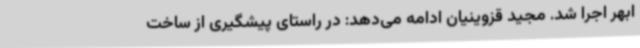
ابهر اجرا شد. مجید قزوینیان ادامه می‌دهد: در راستای پیشگیری از ساخت